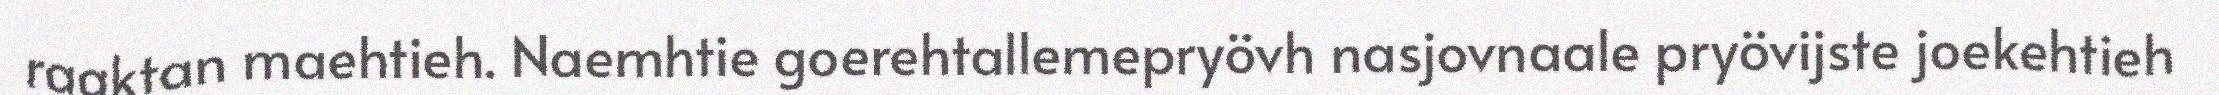
raaktan maehtieh. Naemhtie goerehtallemepryövh nasjovnaale pryövijste joekehtieh